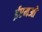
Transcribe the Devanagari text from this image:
ईएमओ